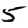
Digit: 5